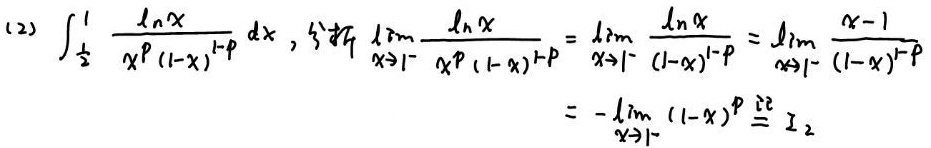
(2) \(\int_{\frac{1}{2}}^{1} \frac{\ln x}{x^{p}(1 - x)^{1 - p}}dx\), 当\(\lim_{x \to 1^{-}} \frac{\ln x}{x^{p}(1 - x)^{1 - p}}=\lim_{x \to 1^{-}} \frac{\ln x}{(1 - x)^{1 - p}}=\lim_{x \to 1^{-}} \frac{x - 1}{(1 - x)^{1 - p}}=-\lim_{x \to 1^{-}} (1 - x)^{p} \triangleq I_{2}\)